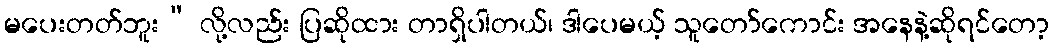
မပေးတတ်ဘူး” လို့လည်း ပြဆိုထား တာရှိပါတယ်၊ ဒါပေမယ့် သူတော်ကောင်း အနေနဲ့ဆိုရင်တော့